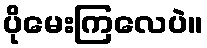
ပိုမေးကြလေပဲ။